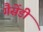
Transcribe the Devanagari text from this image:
गैसेंडी